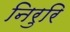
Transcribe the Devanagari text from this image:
निरुरि